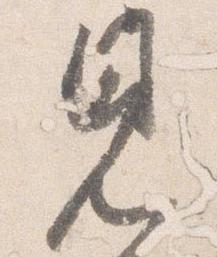
見